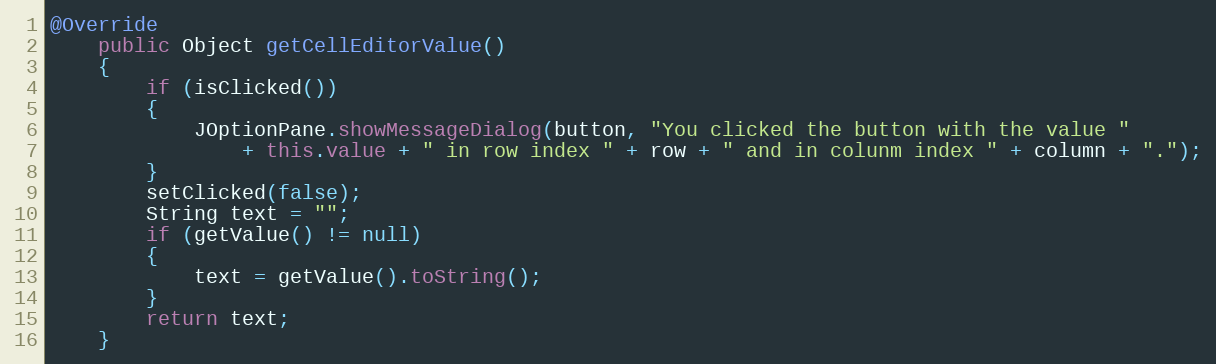
Language: Java
@Override
	public Object getCellEditorValue()
	{
		if (isClicked())
		{
			JOptionPane.showMessageDialog(button, "You clicked the button with the value "
				+ this.value + " in row index " + row + " and in colunm index " + column + ".");
		}
		setClicked(false);
		String text = "";
		if (getValue() != null)
		{
			text = getValue().toString();
		}
		return text;
	}